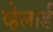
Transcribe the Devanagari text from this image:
व्हेलार्ड